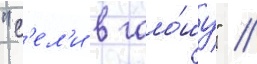
"с'ел'и в гало́шу" //